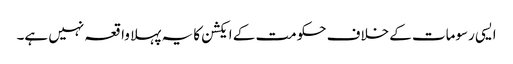
ایسی رسومات کے خلاف حکومت کے ایکشن کا یہ پہلا واقعہ نہیں ہے۔